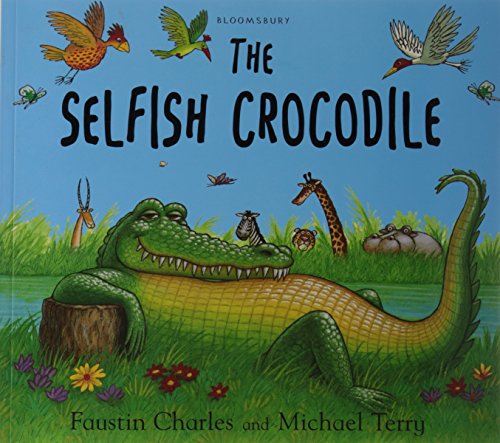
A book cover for The Selfish Crocodile; Faustin Charles; Children's Books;